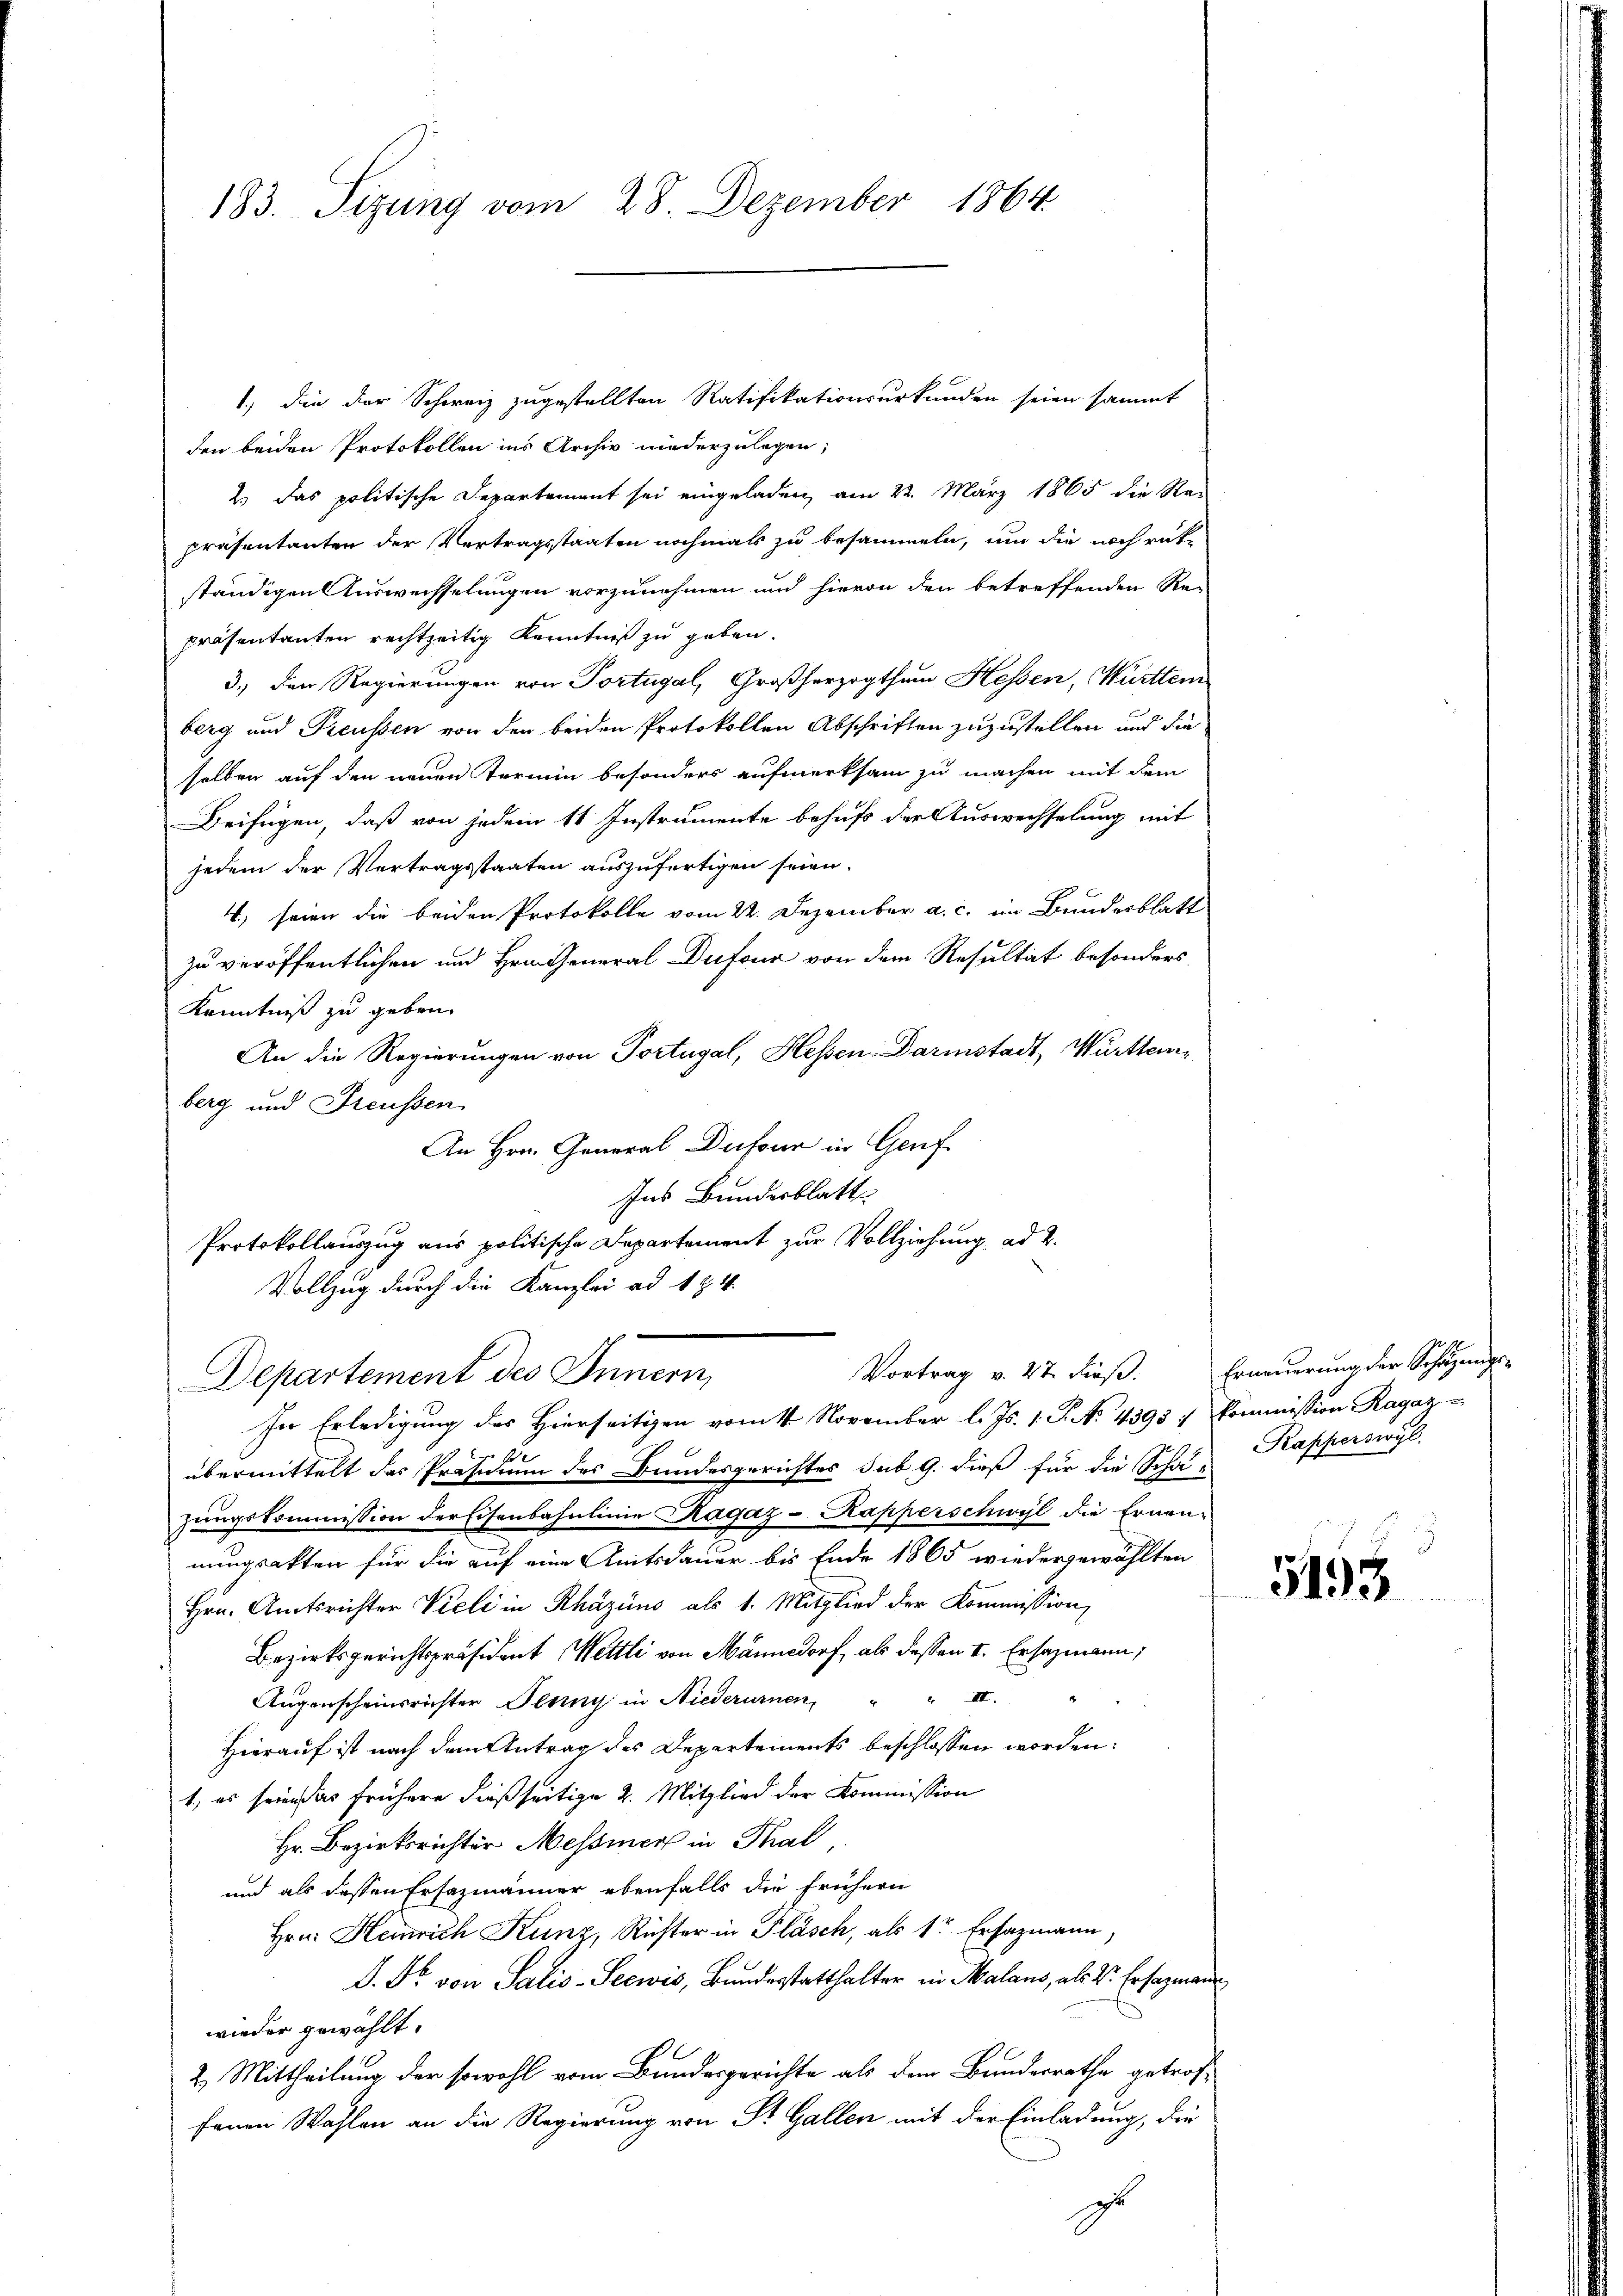
183. Sizung vom 28. Dezember 1864.

1.) die der Schweiz zugestellten Ratifikationsurkunden seien sammt
den beiden Protokollen ins Archiv niederzulegen;
2.) Das politische Departement sei eingeladen, am 22. März 1865 die Re-
präsentanten der Vertragsstaaten nochmals zu besammeln, um die noch rükständigen Auswechselungen vorzunehmen und hievon den betreffenden Re-
präsentanten rechtzeitig Kenntniß zu geben.
3.) Der Regierungen von Portugal, Großherzogthum Hessen, Württem
berg und Preussen von den beiden Protokollen Abschriften zuzustellen und die
selben auf den neuen Termin besonders aufmerksam zu machen mit dem
Beifügen, daß von jedem 1t Instrumente behufs der Auswechselung mit
jedem der Vertragsstaaten auszufertigen seien.
4; seien die beiden Protokolle vom 22. Dezember a. c. im Bundesblatt
zu veröffentlichen und Hrn. General Dufour von dem Resultat besonders
Kenntniß zu geben.
An die Regierungen von Portugal, Hessen Darmstadt, Württemberg und Freussen
An Hrn. General Dufour in Genf
Ins Bunderblatt
Protokollauszug aus politische Departement zur Vollziehung ad 2.
Vollzug durch die Kanzlei ad 1. Z. 4.

Vortrag v. 27. dieß.
Departement des Innern,
In Erledigung des Hierseitigen vom 4. November l. Js. 1. P. No. 4393. Commission Ragaz u

A

übermittelt das Präsidium des Bundesgerichtes sub 9. dieß für die Scha-
zungskommission der Eisenbahnlinie Ragaz - Kapperschwyl die Ernen-
nungsakten für die auf eine Amtsdauer bis Ende 1865 wiedergewählten
Hrn. Amtsrichter Vieli in Rhäzius als 1. Mitglied der Kommission,
Bezirksgerichtspräsident Mettli von Männedorf, als dessen I. Ersazmann,
Augenscheinsrichter Jenny in Niederurnen, " " III.
Hierauf ist nach dem Antrag des Departements beschlossen worden:
t, es seine das frühere dießseitige 2. Mitglied der Kommission
Hr. Bezirksrichter Messier in Thal,
und als dessen Ersazmänner ebenfalls die frühern
Hrn. Heinrich Kunz, Rüster in Pläsch, als 1r Ersazmann,
D. Fr. von Salis-Seewis, Bundesstatthalter in Malans, als Dr. Ersatzmann,
wieder gewählt.
2. Mittheilung der sowohl vom Bundesgerichte als dem Bundesrathe getroffenen Wahlen an die Regierung von St. Gallen mit der Einladung, die
zu

Erneuerung der Schazungs¬
Kapperswyl.

5193